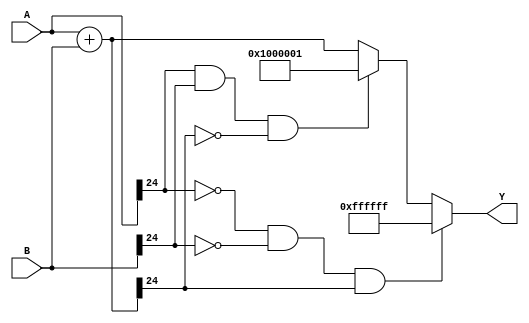
`timescale 1ns / 1ps
//////////////////////////////////////////////////////////////////////////////////
// Company: 
// Engineer: 
// 
// Design Name: 
// Module Name:    Suma 
// Project Name: 
// Target Devices: 
// Tool versions: 
// Description: 
//
// Dependencies: 
//
// Revision: 
// Revision 0.01 - File Created
// Additional Comments: 
//
//////////////////////////////////////////////////////////////////////////////////
module Suma #(parameter Width = 25)							// Parametros 
				(input wire signed [Width-1:0] A,B,			//Definir entradas
				 output reg signed [Width-1:0] Y     		//Define salidas
				);		
						
		reg signed [Width-1:0] Aux; 			//Variable auxiliar para realizar calculos

		localparam [Width:0]//Extremos de los overflow y underflow
		
			maximo = 2**(Width-1)-1,
			minimo = 2**(Width-1)+1;	
		
		
		always @*
				Aux = A+B;
			
		always @*
			begin
			 	if (~A[Width-1] && ~B[Width-1] && Aux[Width-1])     //Verificacin de overflow 
					Y = maximo;
					
				else if (A[Width-1] && B[Width-1] && ~Aux[Width-1]) //Verificacin de overflow 
					Y = minimo;
									
				else
					Y = Aux;
				
			end
endmodule